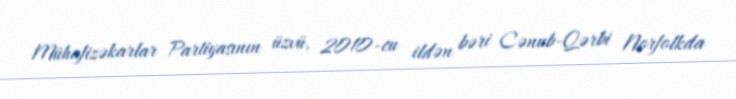
Mühafizəkarlar Partiyasının üzvü, 2010-cu ildən bəri Cənub-Qərbi Norfolkda